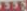
535